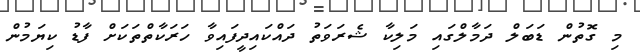
މި ގޮތުން ޑަބަލް ދަމާލްގައި މަލިކާ ޝެރަވަތު ދައްކައިދީފައިވާ ހަރަކާތްތަކަށް ފާޑު ކިޔަމުން